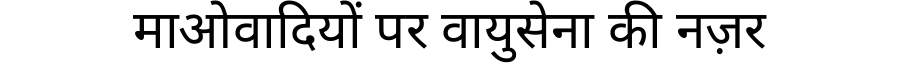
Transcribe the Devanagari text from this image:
माओवादियों पर वायुसेना की नज़र